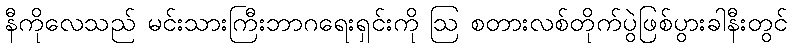
နီကိုလေသည် မင်းသားကြီးဘာဂရေးရှင်းကို ဩ စတားလစ်တိုက်ပွဲဖြစ်ပွားခါနီးတွင်